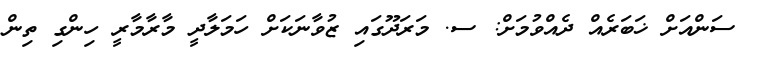
ސަންއަށް ޚަބަރެއް ދެއްވުމަށް: ސ. މަރަދޫގައި ޒުވާނަކަށް ހަމަލާދީ މާރާމާރީ ހިންގި ތިން